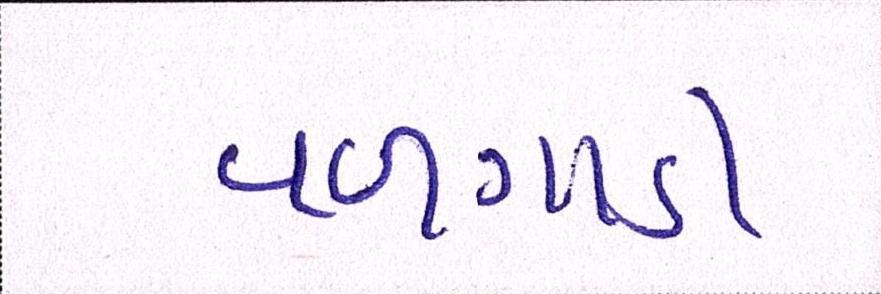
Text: વળગાડી